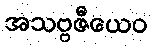
အသဗ္ဗဇီယေဝ